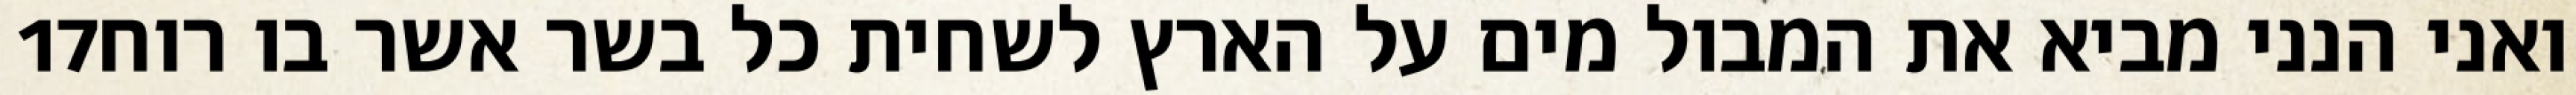
‎17‏ ואני הנני מביא את המבול מים על הארץ לשחית כל בשר אשר בו רוח